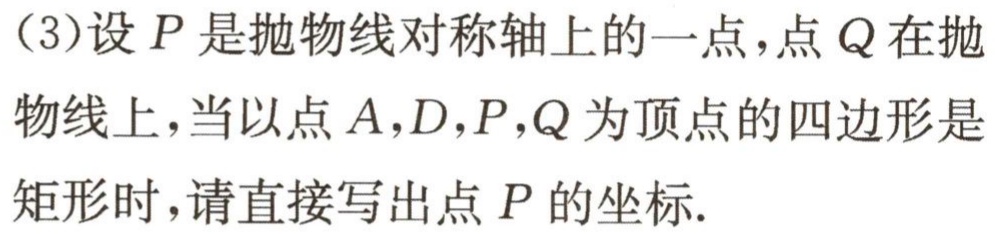
(3)设\(P\)是抛物线对称轴上的一点，点\(Q\)在抛物线上，当以点\(A,D,P,Q\)为顶点的四边形是矩形时，请直接写出点\(P\)的坐标.